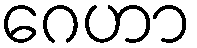
ဂေဟာ